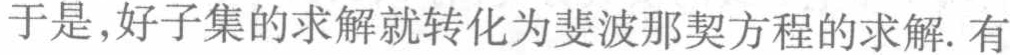
于是,好子集的求解就转化为斐波那契方程的求解. 有